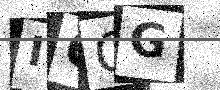
Text: ICCG